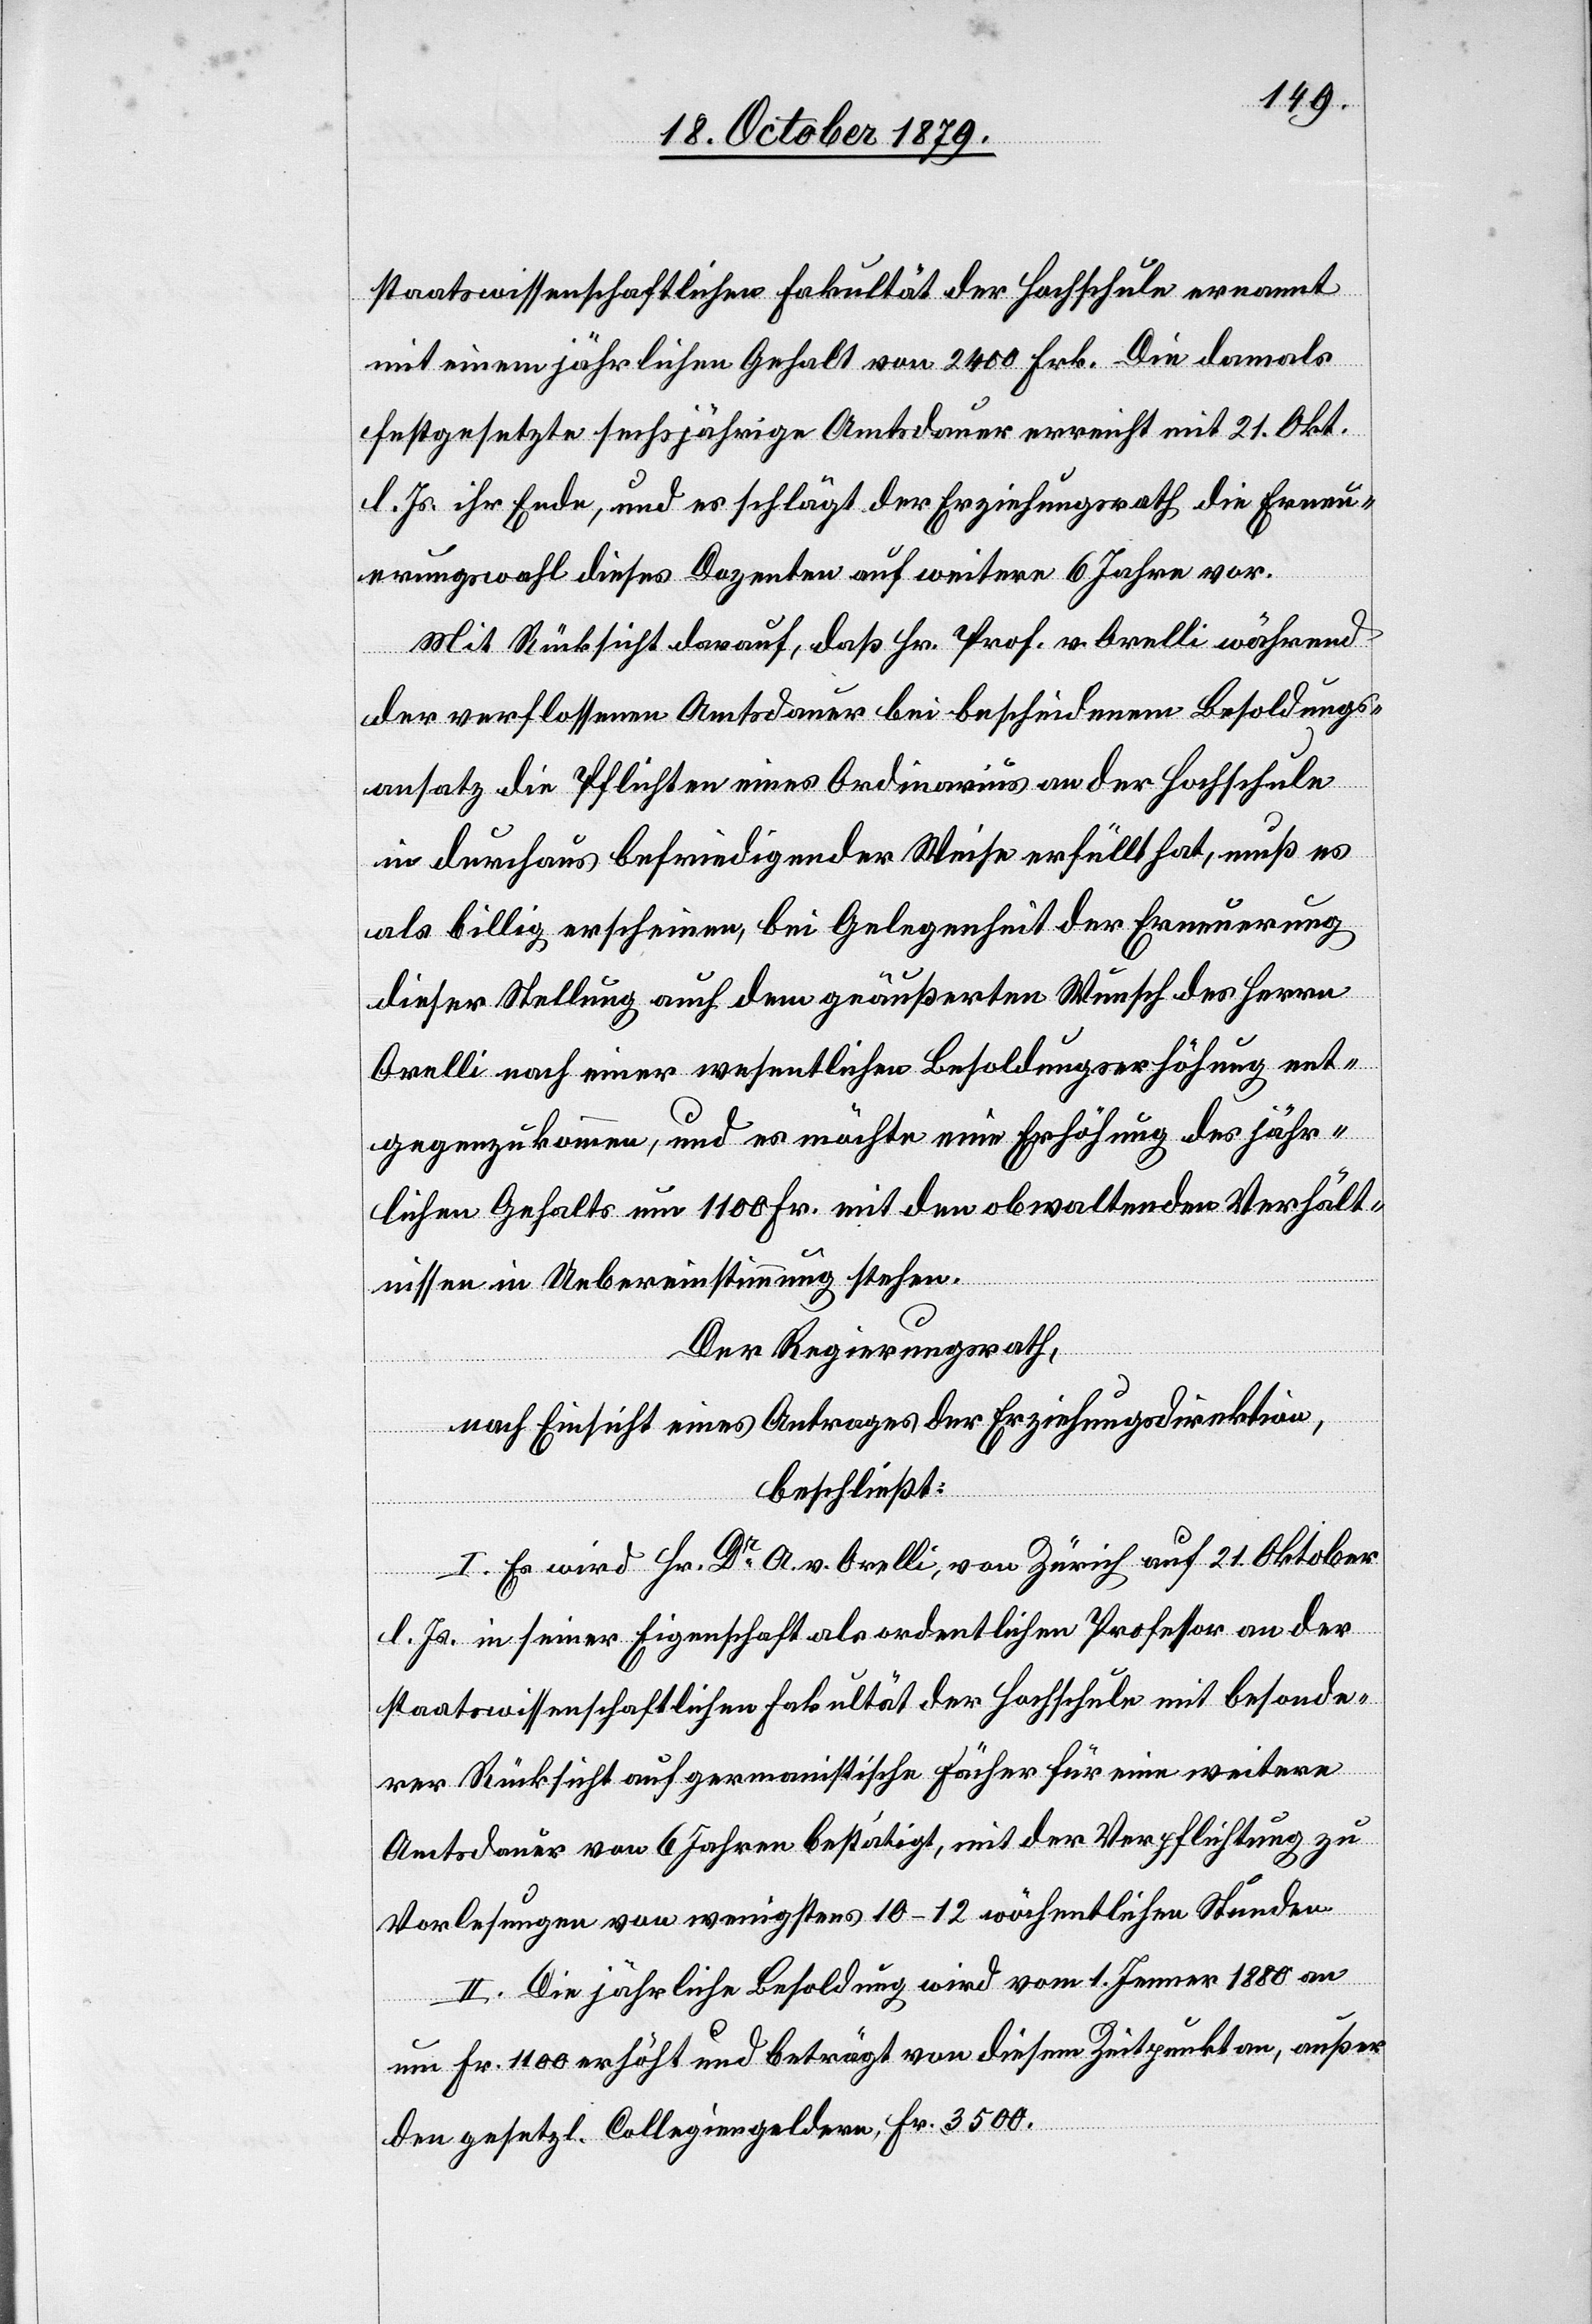
staatswissenschaftlichen Fakultät der Hochschule ernannt
mit einem jährlichen Gehalt von 2400 Frk. Die damals
festgesetzte sechsjährige Amtsdauer erreicht mit 21. Okt.
l. Js. ihr Ende, und es schlägt der Erziehungsrath die Erneu¬
erungswahl dieses Dozenten auf weitere 6 Jahre vor.
Mit Rücksicht darauf, daß Hr. Prof. v. Orelli während
ent¬
der verflossenen Amtsdauer bei bescheidenem Besoldungs¬
ansatz die Pflichten eines Ordinarius an der Hochschule
in durchaus befriedigender Weise erfüllt hat, muß es
als billig erscheinen, bei Gelegenheit der Erneuerung
gegenzukommen, und es möchte eine Erhöhung des jähr¬
lichen Gehalts um 1100 Fr. mit den obwaltenden Verhält¬
ung
nissen in Uebereinstimmung stehen.
Der Regierungsrath,
nach Einsicht eines Antrages der Erziehungsdirektion,
beschließt:
I. Es wird Hr. Dr A. v. Orelli, von Zürich auf 21. Oktober
l. Js. in seiner Eigenschaft als ordentlicher Professor an der
staatswissenschaftlichen Fakultät der Hochschule mit besonde¬
rer Rücksicht auf germanistische Fächer für eine weitere
Amtsdauer von 6 Jahren bestätigt, mit der Verpflichtung zu
Vorlesungen von wenigstens 10–12 wöchentlichen Stunden.
II. Die jährliche Besoldung wird vom 1. Jenner 1880 an
um Fr. 1100 erhöht und beträgt von diesem Zeitpunkt an, außer
den gesetzl. Collegiengeldern Fr. 3500.